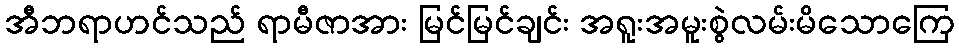
အီဘရာဟင်သည် ရာမီဇာအား မြင်မြင်ချင်း အရူးအမူးစွဲလမ်းမိသောကြေ